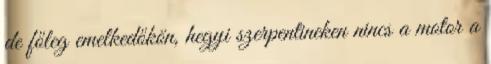
de főleg emelkedőkön, hegyi szerpentineken nincs a motor a